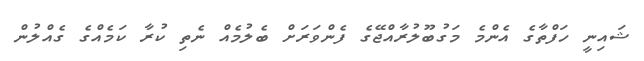
ޝައިނީ ހަފްތާގެ އެންމެ މަގުބޫލުރާއްޖޭގެ ފެންވަރަށް ބެލުމެއް ނެތި ކުރާ ކަމެއްގެ ގެއްލުން